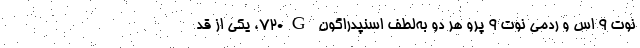
نوت ۹ اس و ردمی نوت ۹ پرو هر دو به‌لطف اسنپدراگون 720G، یکی از قد